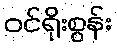
ဝင်ရိုးစွန်း